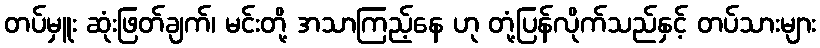
တပ်မှူး ဆုံးဖြတ်ချက်၊ မင်းတို့ အသာကြည့်နေ ဟု တုံ့ပြန်လိုက်သည်နှင့် တပ်သားများ